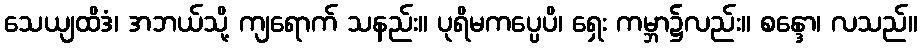
သေယျထိဒံ၊ အဘယ်သို့ ကျရောက် သနည်း။ ပုရိမကပ္ပေပိ၊ ရှေး ကမ္ဘာ၌လည်း။ စန္ဒော၊ လသည်။